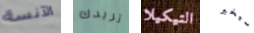
الآنسة تريدك التيكيلا سيخبر